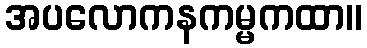
အပလောကနကမ္မကထာ။